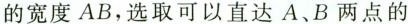
的宽度AB，选取可以直达A、B两点的